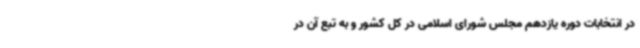
در انتخابات دوره یازدهم مجلس شورای اسلامی در کل کشور و به تبع آن در